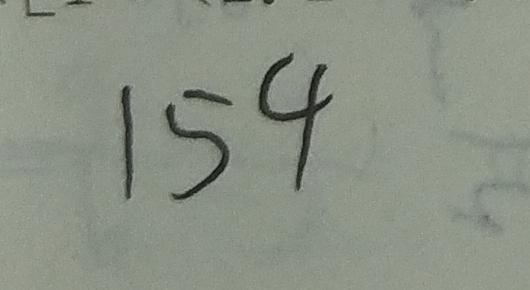
1 5 4